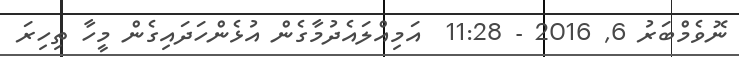
ނޮވެމްބަރު 6